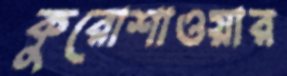
কুরোশাওয়ার